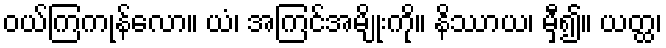
ဝယ်ကြကုန်လော။ ယံ၊ အကြင်အမျိုးကို။ နိဿာယ၊ မှီ၍။ ယတ္ထ၊